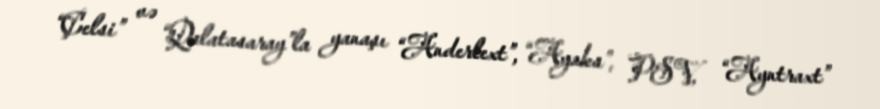
“Çelsi” və “Qalatasaray”la yanaşı “Anderlext”, “Ayaks”, PSV, “Ayntraxt”